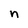
Character: n